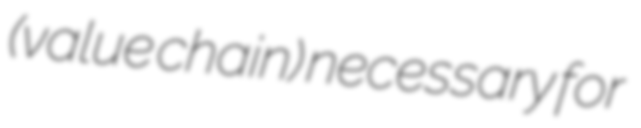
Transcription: (value chain) necessary for